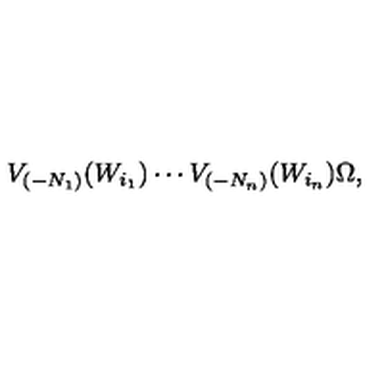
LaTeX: V _ { ( - N _ { 1 } ) } ( W _ { i _ { 1 } } ) \cdots V _ { ( - N _ { n } ) } ( W _ { i _ { n } } ) \Omega ,